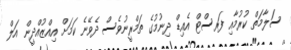
ސަލާމަތް ކުރުމާއި ފަރސްޓް އެއިޑް ދިނުމުގެ ތަމްރީނުވެސް ދެވޭނެ ކަމަށް އިއްޒުއްދީން އަލް